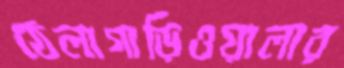
ঠেলাগাড়িওয়ালার